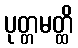
ပုတ္တမတ္ထိ